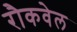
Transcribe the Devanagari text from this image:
रौकवेल